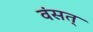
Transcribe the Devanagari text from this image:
वंसत्‌